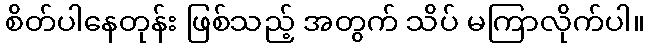
စိတ်ပါနေတုန်း ဖြစ်သည့် အတွက် သိပ် မကြာလိုက်ပါ။